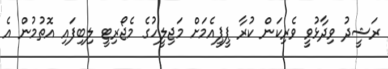
ރަޝީދު ވިދާޅުވީ ވެރިކަން ކުރާ ޕީޕީއެމަަށް މަޖިލީހުގެ މެޖޯރިޓީ ލިބިފައި އޮތުމުން އެ